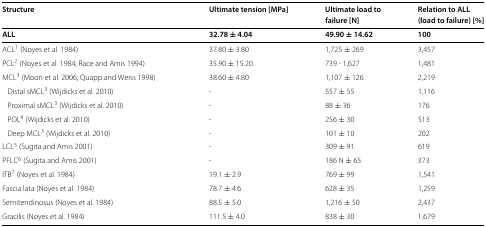
<table><thead><tr><td><b>Structure</b></td><td><b>Ultimate tension [MPa]</b></td><td><b>Ultimate load to</b></td><td><b>Relation to ALL</b></td></tr><tr><td></td><td></td><td><b>failure [N]</b></td><td><b>(load to failure) [%]</b></td></tr></thead><tbody><tr><td><b>ALL</b></td><td><b>32.78 ± 4.04</b></td><td><b>49.90 ± 14.62</b></td><td><b>100</b></td></tr><tr><td>ACL<sup>1</sup> (Noyes et al. 1984)</td><td>37.80 ± 3.80</td><td>1,725 ± 269</td><td>3,457</td></tr><tr><td>PCL<sup>2</sup> (Noyes et al. 1984; Race and Amis 1994)</td><td>35.90 ± 15.20</td><td>739 - 1,627</td><td>1,481</td></tr><tr><td>MCL<sup>3</sup> (Moon et al. 2006; Quapp and Weiss 1998)</td><td>38.60 ± 4.80</td><td>1,107 ± 126</td><td>2,219</td></tr><tr><td>Distal sMCL<sup>3</sup> (Wijdicks et al. 2010)</td><td>-</td><td>557 ± 55</td><td>1,116</td></tr><tr><td>Proximal sMCL<sup>3</sup> (Wijdicks et al. 2010)</td><td>-</td><td>88 ± 36</td><td>176</td></tr><tr><td>POL<sup>4</sup> (Wijdicks et al. 2010)</td><td>-</td><td>256 ± 30</td><td>513</td></tr><tr><td>Deep MCL<sup>3</sup> (Wijdicks et al. 2010)</td><td>-</td><td>101 ± 10</td><td>202</td></tr><tr><td>LCL<sup>5</sup> (Sugita and Amis 2001)</td><td>-</td><td>309 ± 91</td><td>619</td></tr><tr><td>PFLC<sup>6</sup> (Sugita and Amis 2001)</td><td>-</td><td>186 N ± 65</td><td>373</td></tr><tr><td>ITB<sup>7</sup> (Noyes et al. 1984)</td><td>19.1 ± 2.9</td><td>769 ± 99</td><td>1,541</td></tr><tr><td>Fascia lata (Noyes et al. 1984)</td><td>78.7 ± 4.6</td><td>628 ± 35</td><td>1,259</td></tr><tr><td>Semitendinosus (Noyes et al. 1984)</td><td>88.5 ± 5.0</td><td>1,216 ± 50</td><td>2,437</td></tr><tr><td>Gracilis (Noyes et al. 1984)</td><td>111.5 ± 4.0</td><td>838 ± 30</td><td>1,679</td></tr></tbody></table>